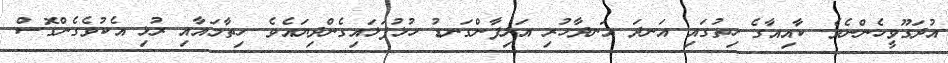
އުދަގޫވީހެންނެވެ. ކާއިއާގެ ހިތުގައި އަނދަ އަނދާހުރި އަލިފާންގަނޑު ހުޅުފަޅައިގެންދިޔައެވެ. ހިތާމައާއި ރުޅި އެކުވެގެންގޮސް